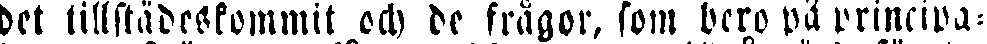
det tillstädeskommit och de frågor, som bero på principa-